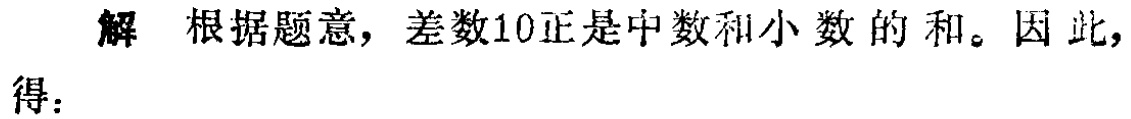
解 根据题意，差数10正是中数和小数 的和。因此,得：